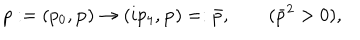
p : = ( p _ { 0 } , { \bf p } ) \rightarrow ( i p _ { 4 } , { \bf p } ) = : \bar { p } , \qquad ( \bar { p } ^ { 2 } > 0 ) ,